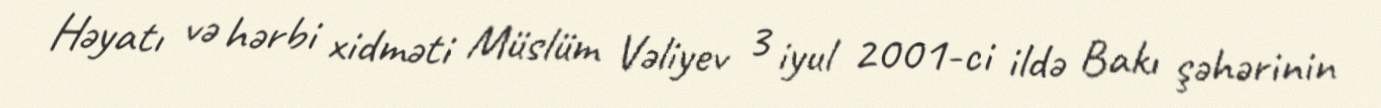
Həyatı və hərbi xidməti Müslüm Vəliyev 3 iyul 2001-ci ildə Bakı şəhərinin